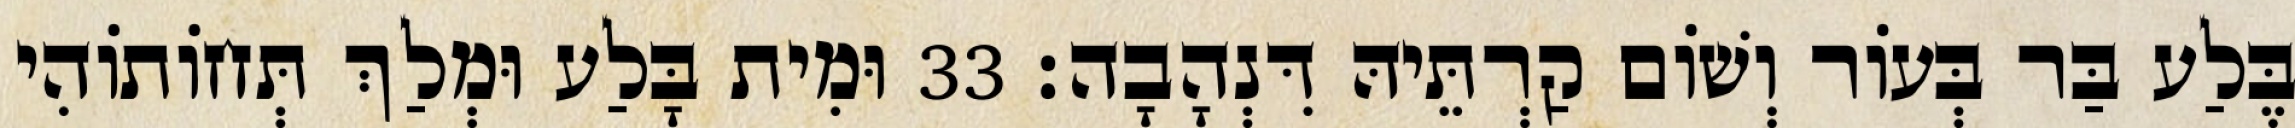
בֶּלַע בַּר בְּעוֹר וְשׁוֹם קַרְתֵּיהּ דִּנְהָבָה׃ 33 וּמִית בָּלַע וּמְלַךְ תְּחוֹתוֹהִי